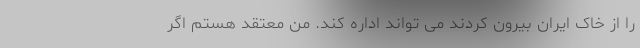
را از خاک ایران بیرون کردند می تواند اداره کند. من معتقد هستم اگر